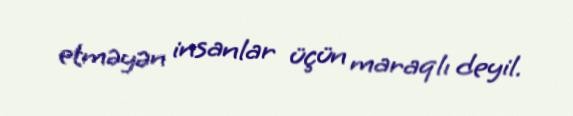
etməyən insanlar üçün maraqlı deyil.